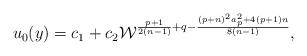
LaTeX: \begin{align*}u_0(y)=c_1+c_2{\cal W}^{{{p+1}\over{2(n-1)}}+q-{{(p+n)^2a^2_p+4(p+1)n}\over{8(n-1)}}},\end{align*}